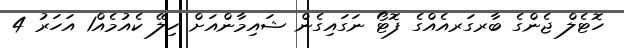
ހޮޓެލް ޖެންގެ ބާރގަރއެއްގެ ފޮޓޯ ނަގައިގެން ޝައިމާންއަށް ހިލޭ ކެއުމެއް1 އަހަރު 4